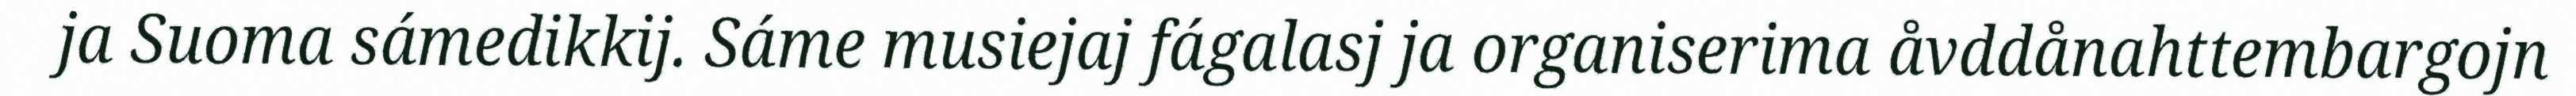
ja Suoma sámedikkij. Sáme musiejaj fágalasj ja organiserima åvddånahttembargojn